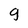
Character: g